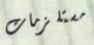
مستلزمات